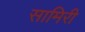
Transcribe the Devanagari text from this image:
सामिरी